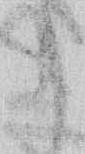
う